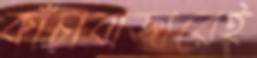
কাঁচাবাজারেই